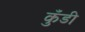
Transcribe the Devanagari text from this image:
कुँडी